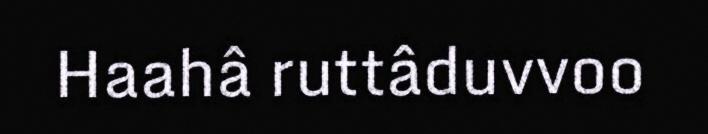
Haahâ ruttâduvvoo